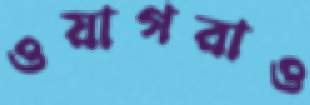
ওয়াগরাও